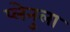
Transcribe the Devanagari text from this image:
प्लेनुला